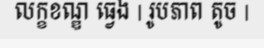
លក្ខខណ្ឌ ធ្វេង | រូបភាព តូច |